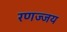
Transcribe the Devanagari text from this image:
रणज्जय